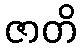
ဇာတိ